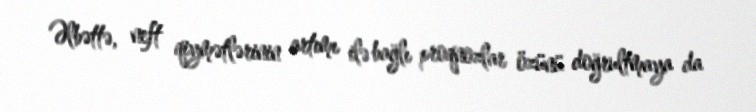
Əlbəttə, neft qiymətlərinin artımı ilə bağlı proqnozlar özünü doğrultmaya da